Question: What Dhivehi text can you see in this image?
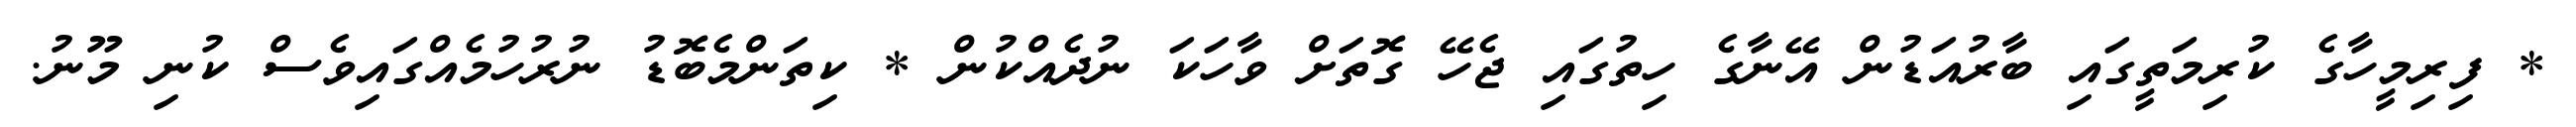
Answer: * ފިރިމީހާގެ ކުރިމަތީގައި ބާރުއަޑުން އޭނާގެ ހިތުގައި ޖެހޭ ގޮތަށް ވާހަކަ ނުދެއްކުން * ކިތަންމެބޮޑު ނުރުހުމެއްގައިވެސް ކުނި މޫނު.